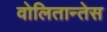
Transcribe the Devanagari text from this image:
वोलितान्तेस